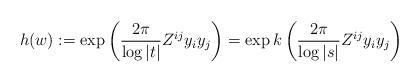
LaTeX: \begin{align*} h(w):=\exp\left ( \frac{2\pi}{\log|t|}Z^{ij}y_iy_j\right )= \exp k\left ( \frac{2\pi}{\log|s|}Z^{ij}y_iy_j\right )\end{align*}